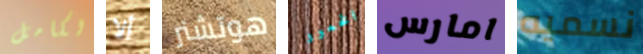
لكامل ألا هوتشنر الخمور امارس نسميه